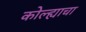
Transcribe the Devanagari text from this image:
कोल्ह्याचा